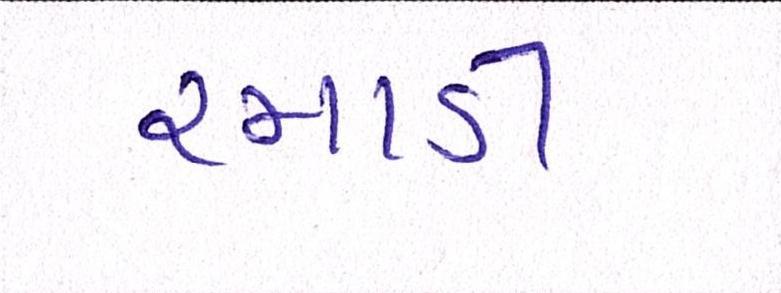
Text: રમાડી